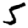
Digit: 5